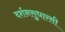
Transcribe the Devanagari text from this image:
दर्शनसुधारसी